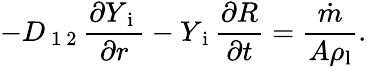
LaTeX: -D_{\mathrm{~1~2~}}\frac{\partial Y_{\mathrm{~i~}}}{\partial r}-Y_{\mathrm{~i~}}\frac{\partial R}{\partial t}=\frac{\dot{m}}{A\rho_{\mathrm{l}}}.